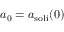
a _ { 0 } = a _ { \mathrm { s o l i } } ( 0 )